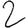
Digit: 2